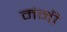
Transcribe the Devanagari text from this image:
मंनी